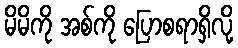
မိမိကို အစ်ကို ပြောစရာရှိလို့